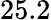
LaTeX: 25.2